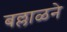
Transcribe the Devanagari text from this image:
बल्लाळने